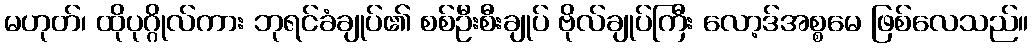
မဟုတ်၊ ထိုပုဂ္ဂိုလ်ကား ဘုရင်ခံချုပ်၏ စစ်ဦးစီးချုပ် ဗိုလ်ချုပ်ကြီး လော့ဒ်အစ္စမေ ဖြစ်လေသည်။